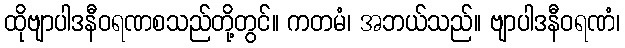
ထိုဗျာပါဒနီဝရဏစသည်တို့တွင်။ ကတမံ၊ အဘယ်သည်။ ဗျာပါဒနီဝရဏံ၊